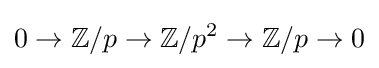
0\to \mathbb {Z} /p\to \mathbb {Z} /p^{2}\to \mathbb {Z} /p\to 0